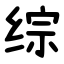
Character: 综